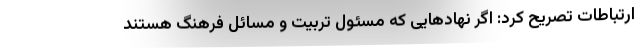
ارتباطات تصریح کرد: اگر نهادهایی که مسئول تربیت و مسائل فرهنگ هستند